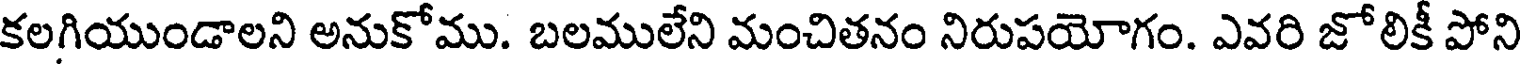
కలగియుండాలని అనుకోము. బలములేని మంచితనం నిరుపయోగం. ఎవరి జోలికీ పోని